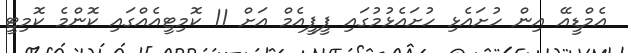
އެމްޑީއޭ އިން ހުށައެޅި ހުށައެޅުމުގައި ޕީޕީއެމް އަށް 11 ކޮމިޓީއެއްގައި ކޮންމެ ކޮމިޓީ